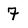
Character: 7